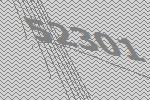
52301